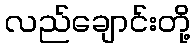
လည်ချောင်းတို့